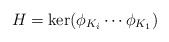
\begin{align*}H = \ker(\phi_{K_i} \cdots \phi_{K_1}) \end{align*}